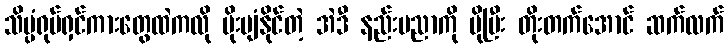
သိပ္ပံရုပ်ရှင်ကားတွေထဲကလို မိုးပျံနိုင်တဲ့ အဲဒီ နည်းပညာကို ပိုပြီး တိုးတက်အောင် ဆက်လက်